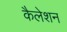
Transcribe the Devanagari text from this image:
कैलेशन